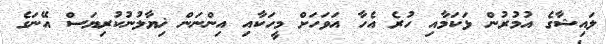
ލައިޝާގެ އުމުރުން ޅަކަމާއި ހުރެ އެހާ އަވަހަށް މީހަކާއި އިންނަން ޚިޔާލުނުކުރިޔަސް އޭނަގެ